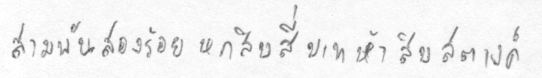
สามพันสองร้อยหกสิบสี่บาทห้าสิบสตางค์